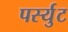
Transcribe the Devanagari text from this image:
पर्स्युट